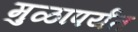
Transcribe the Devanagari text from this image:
मुळापर्यंत